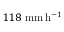
1 1 8 \ \mathrm { m m \, h ^ { - 1 } }